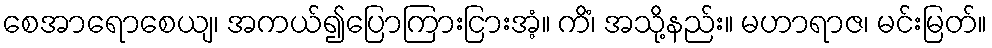
စေအာရောစေယျ၊ အကယ်၍ပြောကြားငြားအံ့။ ကိံ၊ အသို့နည်း။ မဟာရာဇ၊ မင်းမြတ်။